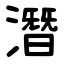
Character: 潛